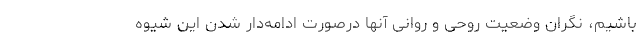
باشیم، نگران وضعیت روحی و روانی آنها درصورت ادامه‌دار شدن این شیوه